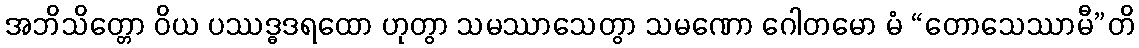
အဘိသိတ္တော ဝိယ ပဿဒ္ဓဒရထော ဟုတွာ သမဿာသေတွာ သမဏော ဂေါတမော မံ “တောသေဿာမီ”တိ